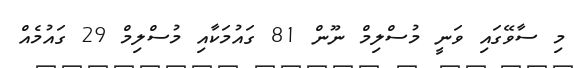
މި ސާވޭގައި ވަނީ މުސްލިމް ނޫން 81 ގައުމަކާއި މުސްލިމް 29 ގައުމެއް